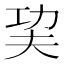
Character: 巭